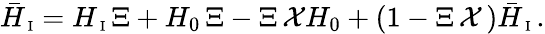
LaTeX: {\bar{H}}_{\mathrm{\scriptsize~I}}=H_{\mathrm{\scriptsize~I}}\, \Xi+H_{0}\, {\Xi}-\Xi\, {\cal X}H_{0}+\left(1-\Xi\, {\cal X}\, \right){\bar{H}}_{\mathrm{\scriptsize~I}}\, .